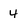
Character: 4